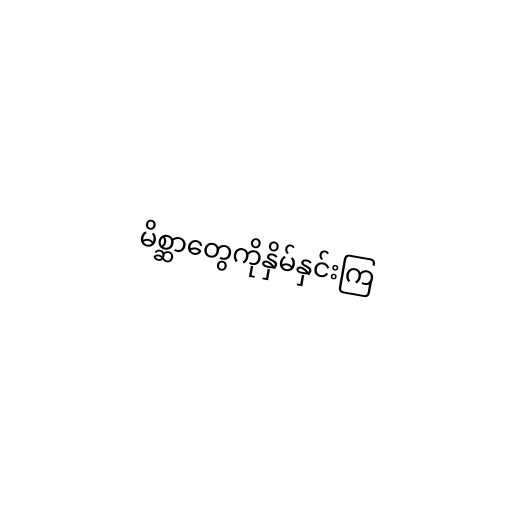
မိစ္ဆာတွေကိုနှိမ်နှင်းကြ